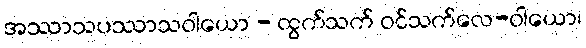
အဿာသပဿာသဝါယော - ထွက်သက် ဝင်သက်လေ-ဝါယော၊